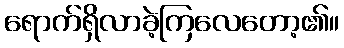
ရောက်ရှိလာခဲ့ကြလေတော့၏။